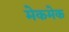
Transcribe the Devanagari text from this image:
मेकमेक